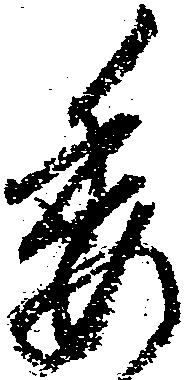
委